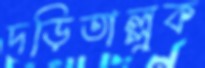
দড়িতাল্লুক